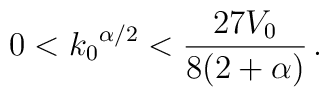
0 < {k_0}^{\alpha/2} < \frac{27V_0}{8(2 + \alpha)} \,.